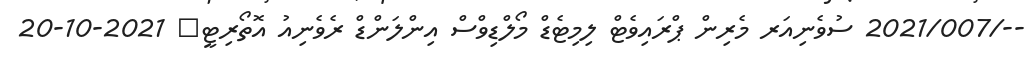
--/2021/007 ސުވެނިއަރ މެރިން ޕްރައިވެޓް ލިމިޓެޑް މޯލްޑިވްސް އިންލަންޑް ރެވެނިއު އޮތޯރިޓީ	 2021-10-20